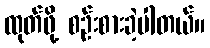
ထုတ်ဖို့ စဉ်းစားခဲ့ပါတယ်။